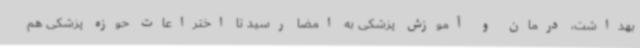
بهداشت، درمان و آموزش پزشکی به امضا رسید تا اختراعات حوزه پزشکی هم